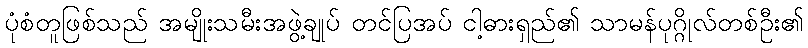
ပုံစံတူဖြစ်သည် အမျိုးသမီးအဖွဲ့ချုပ် တင်ပြအပ် ငါ့ဓားရှည်၏ သာမန်ပုဂ္ဂိုလ်တစ်ဦး၏